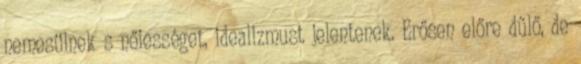
nemesülnek s nőiességet, idealizmust jelentenek. Erősen előre dűlő, de